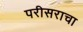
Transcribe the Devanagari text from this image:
परीसराचा